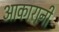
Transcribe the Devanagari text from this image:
आकारानी